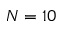
N = 1 0